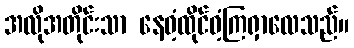
အလိုအတိုင်းသာ နေဝံ့ထိုင်ဝံ့ကြရှာလေသည်။